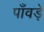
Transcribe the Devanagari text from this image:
पाँवड़े